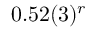
0 . 5 2 ( 3 ) ^ { r }